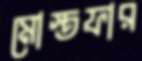
মোস্তফার